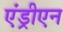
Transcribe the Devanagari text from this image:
एंड्रीएन